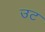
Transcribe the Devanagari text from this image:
उट